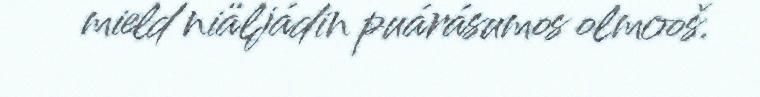
mield niäljádin puárásumos olmooš.